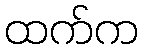
ထက်က